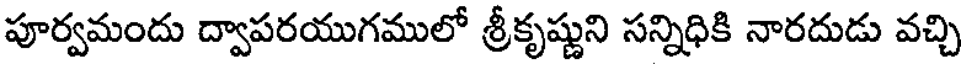
పూర్వమందు ద్వాపరయుగములో శ్రీకృష్ణుని సన్నిధికి నారదుడు వచ్చి